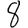
Digit: 8